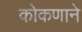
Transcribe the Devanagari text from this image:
कोकणाने